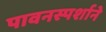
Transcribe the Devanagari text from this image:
पावनस्पर्शाने